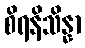
စိရနိသိန္နာ